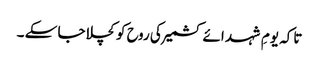
تاکہ یومِ شہد ائے کشمیر کی روح کو کچلا جا سکے ۔